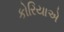
કોરિયાએ